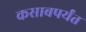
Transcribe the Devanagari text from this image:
कसाबपर्यंत